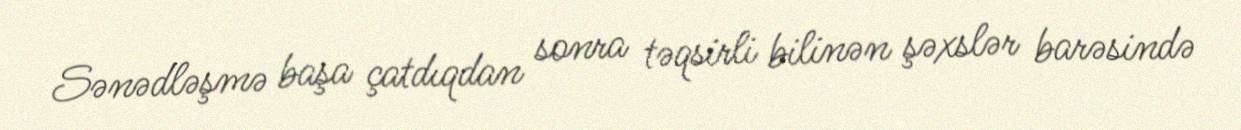
Sənədləşmə başa çatdıqdan sonra təqsirli bilinən şəxslər barəsində